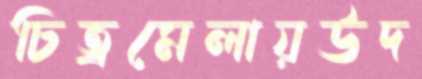
চিত্রমেলায়উদ